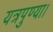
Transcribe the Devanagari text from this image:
यत्रपुण्या।